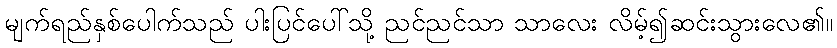
မျက်ရည်နှစ်ပေါက်သည် ပါးပြင်ပေါ်သို့ ညင်ညင်သာ သာလေး လိမ့်၍ဆင်းသွားလေ၏။